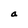
Character: a